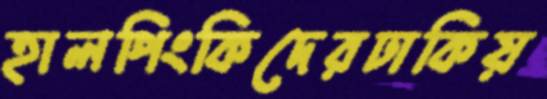
হালপিংকিদেরঢাকিয়